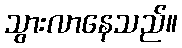
သွားလာနေသည်။